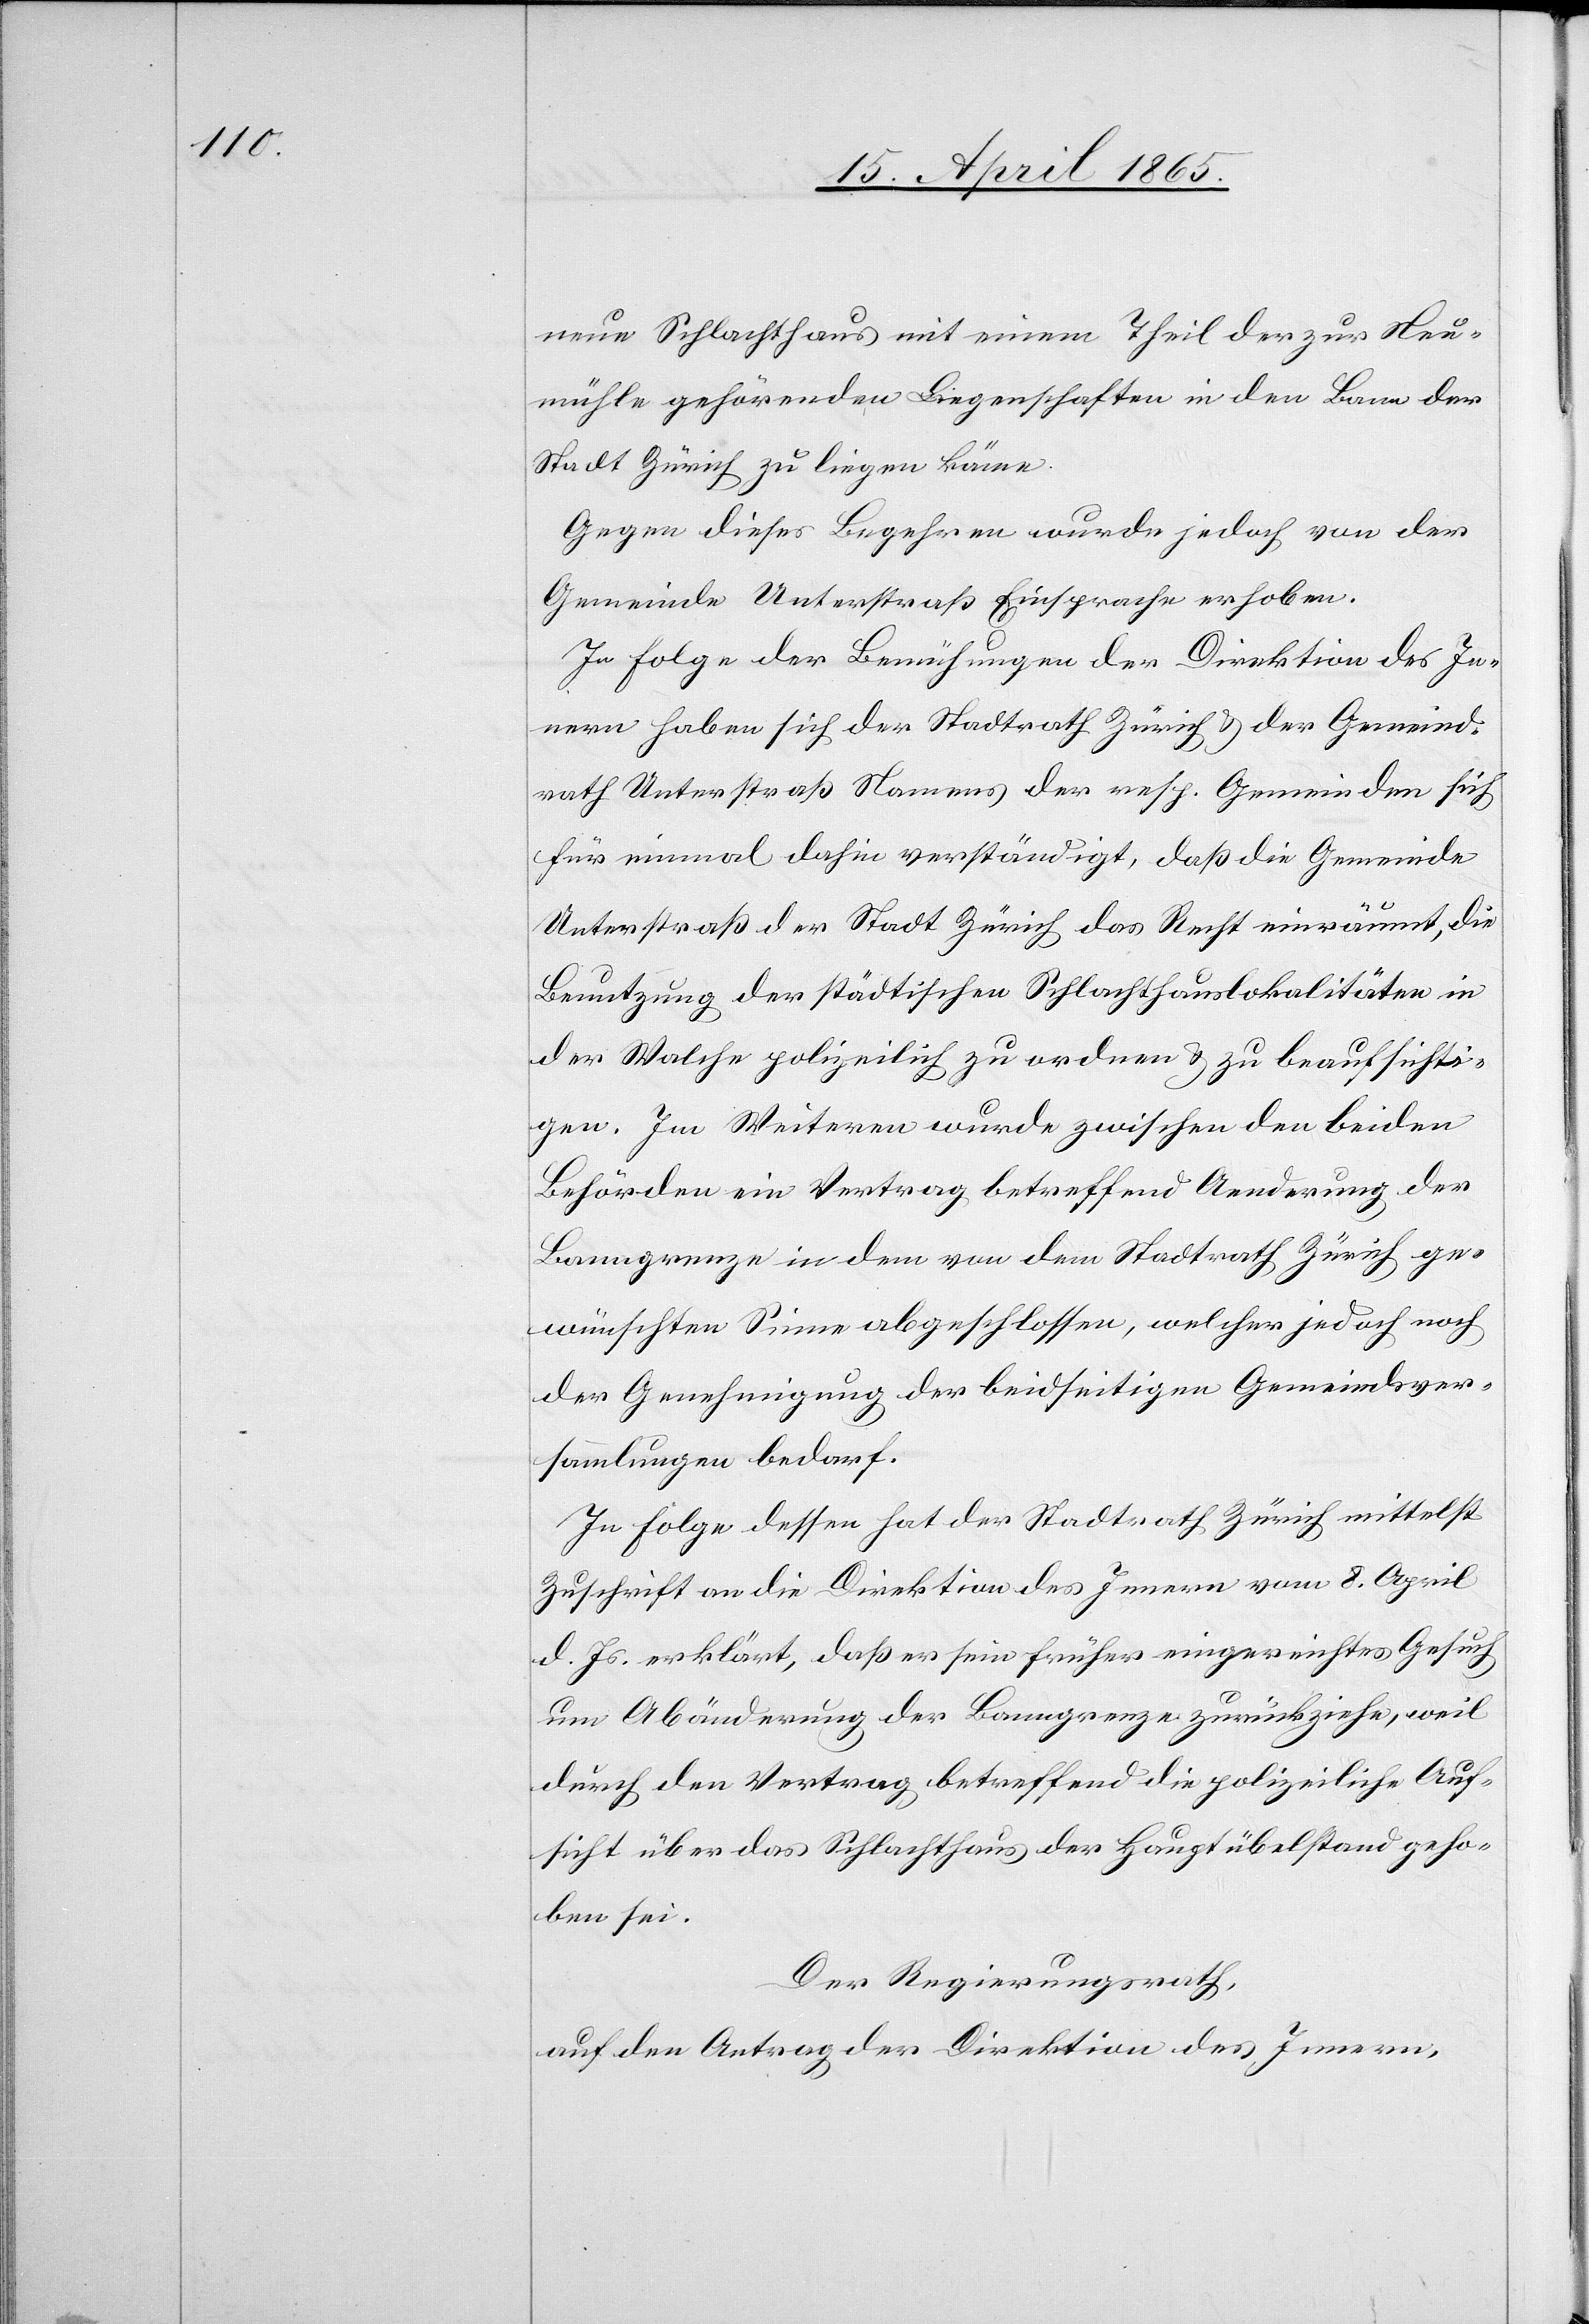
neue Schlachthaus mit einem Theil der zur Neu¬
mühle gehörenden Liegenschaften in den Bann der
Stadt Zürich zu liegen käme.
Gegen dieses Begehren wurde jedoch von der
Gemeinde Unterstraß Einsprache erhoben.
In Folge der Bemühungen der Direktion des In¬
nern haben sich der Stadtrath Zürich & der Gemeind¬
rath Unterstraß Namens der resp. Gemeinden sich
für einmal dahin verständigt, daß die Gemeinde
Unterstraß der Stadt Zürich das Recht einräumt, die
Benutzung der städtischen Schlachthauslokalitäten in
der Walche polizeilich zu ordnen & zu beaufsichti¬
gen. Im Weiteren wurde zwischen den beiden
Behörden ein Vertrag betreffend Aenderung der
Banngrenze in dem von dem Stadtrath Zürich ge¬
wünschten Sinne abgeschlossen, welcher jedoch noch
der Genehmigung der beidseitigen Gemeindsver¬
sammlungen bedarf.
In Folge dessen hat der Stadtrath Zürich mittelst
Zuschrift an die Direktion des Innern vom 8. April
d. Js. erklärt, daß er sein früher eingereichtes Gesuch
um Abänderung der Banngrenze zurückziehe, weil
durch den Vertrag betreffend die polizeiliche Auf¬
sicht über das Schlachthaus der Hauptübelstand geho¬
ben sei.
Der Regierungsrath,
auf den Antrag der Direktion des Innern,